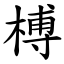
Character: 榑